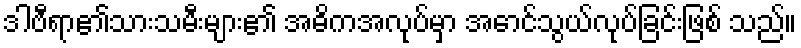
ဒါဗီရာ၏သားသမီးများ၏ အဓိကအလုပ်မှာ အောင်သွယ်လုပ်ခြင်းဖြစ် သည်။